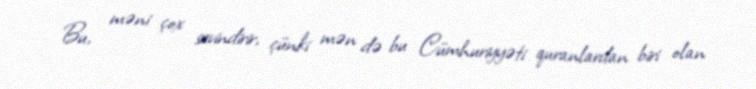
Bu, məni çox sevindirir, çünki mən də bu Cümhuriyyəti quranlardan biri olan